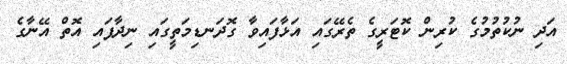
އަދި ނުކުތުމުގެ ކުރިން ކޮޓަރީގެ ތެރޭގައި އަޅާފައިވާ ގޮދަނޑިމަތީގައި ނިދާފައި އޮތް އޭނާގެ